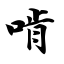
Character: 啃